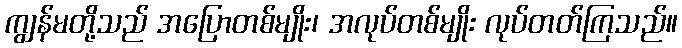
ကျွန်မတို့သည် အပြောတစ်မျိုး၊ အလုပ်တစ်မျိုး လုပ်တတ်ကြသည်။